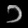
Digit: ၁